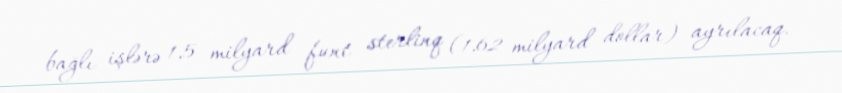
bağlı işlərə 1,5 milyard funt sterlinq (1,62 milyard dollar) ayrılacaq.